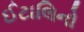
ઈટાલિનો